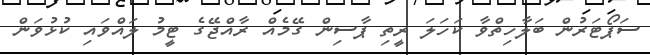
ސަޕޯޓަރުން ބަލާހިތްވާ ކަހަލަ ރީތި ޕާސިން ގޭމެއް ރާއްޖޭގެ ޓީމު ލައްވައި ކުޅުވަން